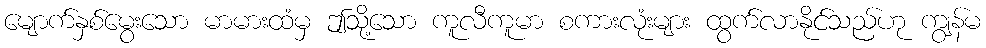
မျောက်နှစ်မွေးသော မာမားထံမှ ဤသို့သော ကူလီကူမာ စကားလုံးများ ထွက်လာနိုင်သည်ဟု ကျွန်မ